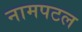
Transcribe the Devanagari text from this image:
नामपटल